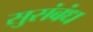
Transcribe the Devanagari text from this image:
सुसंबंध